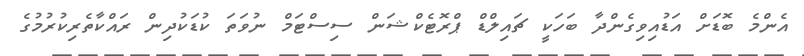
އެންމެ ބޮޑަށް އަޑުއިވިގެންދާ ބަހަކީ ޗައިލްޑް ޕްރޮޓެކްޝަން ސިސްޓަމް ނުވަތަ ކުޑަކުދިން ރައްކާތެރިކުރުމުގެ